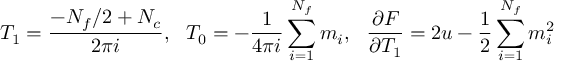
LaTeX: T _ { 1 } = \frac { - N _ { f } / 2 + N _ { c } } { 2 \pi i } , \ \ T _ { 0 } = - \frac { 1 } { 4 \pi i } \sum _ { i = 1 } ^ { N _ { f } } m _ { i } , \ \ \frac { \partial F } { \partial T _ { 1 } } = 2 u - \frac { 1 } { 2 } \sum _ { i = 1 } ^ { N _ { f } } m _ { i } ^ { 2 }